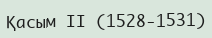
Қасым ІІ (1528-1531)